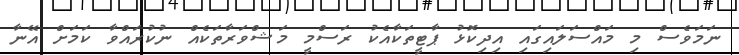
ނަމަވެސް މި މައްސަލައިގައި އިދިކޮޅު ޕާޓީތަކާއެކު ރަސްމީ މަޝްވަރާތަކެއް ނުކުރައްވާ ކަމަށް އޭނާ